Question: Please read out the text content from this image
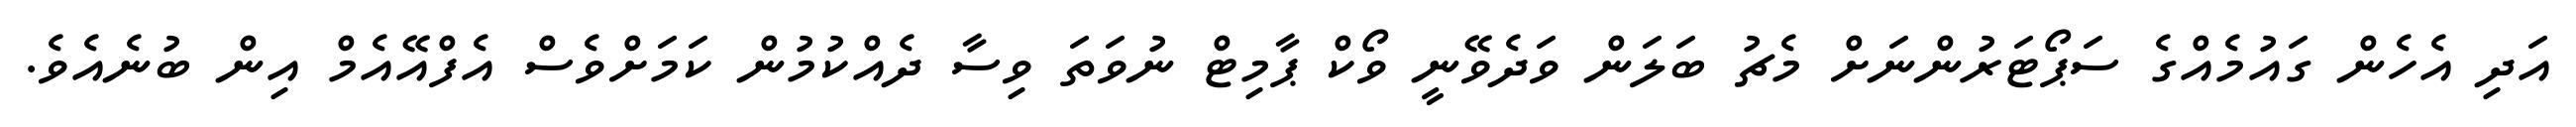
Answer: އަދި އެހެން ގައުމެއްގެ ސަޕޯޓަރުންނަށް މެޗު ބަލަން ވަދެވޭނީ ވޯކް ޕާމިޓް ނުވަތަ ވިސާ ދެއްކުމުން ކަމަށްވެސް އެފްއޭއެމް އިން ބުނެއެވެ.